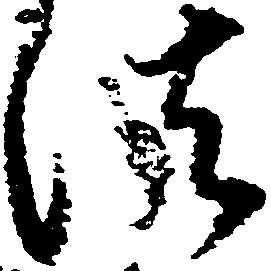
法